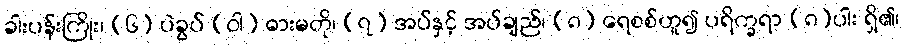
ခါးပန်းကြိုး၊ (၆) ပဲခွပ် (ဝါ) ဓားမတို၊ (၇) အပ်နှင့် အပ်ချည်၊ (၈) ရေစစ်ဟူ၍ ပရိက္ခရာ (၈)ပါး ရှိ၏၊